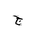
Letter: _gim